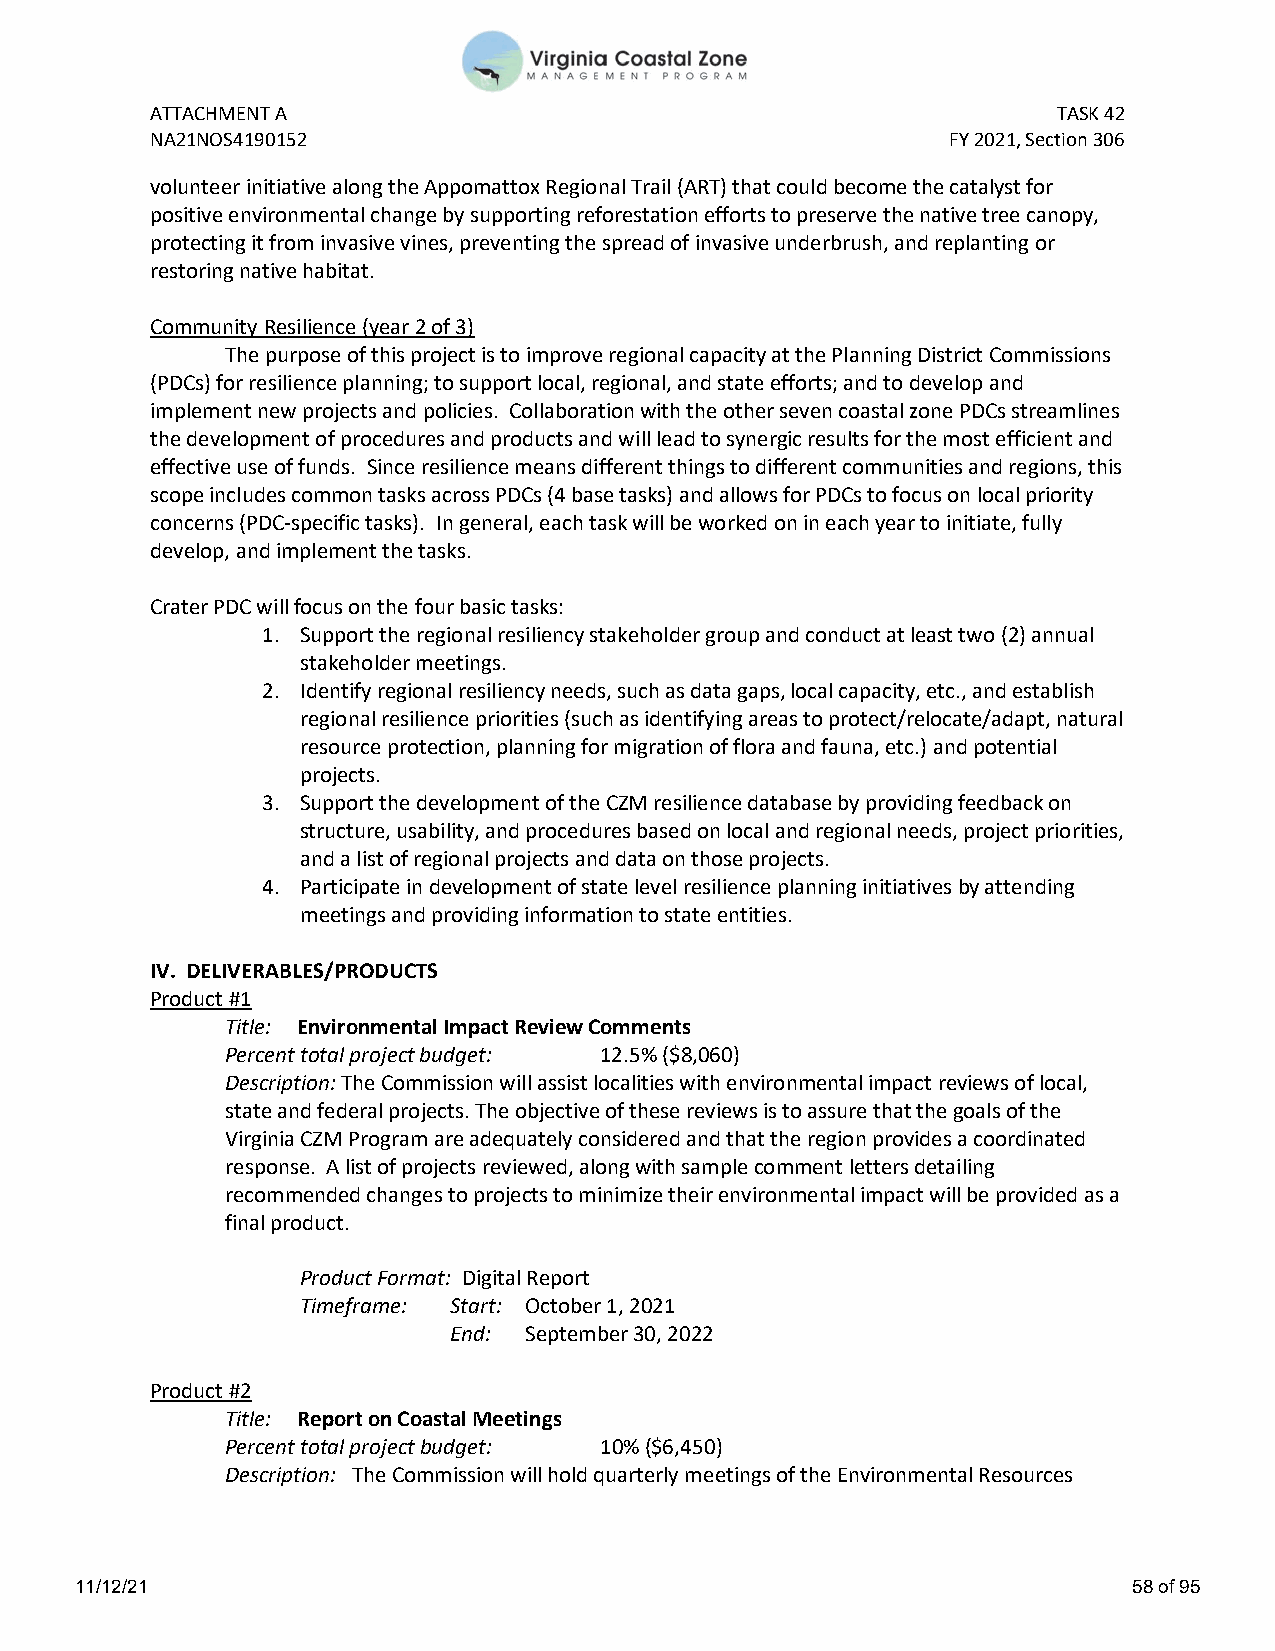
ATTACHMENT A                                                TASK 42
 NA21NOS4190152                                       FY 2021, Section 306
 volunteer initiative along the Appomattox Regional Trail (ART) that could become the catalyst for
 positive environmental change by supporting reforestation efforts to preserve the native tree canopy,
 protecting it from invasive vines, preventing the spread of invasive underbrush, and replanting or
 restoring native habitat.
 Community Resilience (year 2 of 3)
 The purpose of this project is to improve regional capacity at the Planning District Commissions
 (PDCs) for resilience planning; to support local, regional, and state efforts; and to develop and
 implement new projects and policies. Collaboration with the other seven coastal zone PDCs streamlines
 the development of procedures and products and will lead to synergic results for the most efficient and
 effective use of funds. Since resilience means different things to different communities and regions, this
 scope includes common tasks across PDCs (4 base tasks) and allows for PDCs to focus on local priority
 concerns (PDC-specific tasks). In general, each task will be worked on in each year to initiate, fully
 develop, and implement the tasks.
 Crater PDC will focus on the four basic tasks:
 1. Support the regional resiliency stakeholder group and conduct at least two (2) annual
 stakeholder meetings.
 2. Identify regional resiliency needs, such as data gaps, local capacity, etc., and establish
 regional resilience priorities (such as identifying areas to protect/relocate/adapt, natural
 resource protection, planning for migration of flora and fauna, etc.) and potential
 projects.
 3. Support the development of the CZM resilience database by providing feedback on
 structure, usability, and procedures based on local and regional needs, project priorities,
 and a list of regional projects and data on those projects.
 4. Participate in development of state level resilience planning initiatives by attending
 meetings and providing information to state entities.
 IV. DELIVERABLES/PRODUCTS
 Product #1
 Title: Environmental Impact Review Comments
 Percent total project budget: 12.5% ($8,060)
 Description: The Commission will assist localities with environmental impact reviews of local,
 state and federal projects. The objective of these reviews is to assure that the goals of the
 Virginia CZM Program are adequately considered and that the region provides a coordinated
 response. A list of projects reviewed, along with sample comment letters detailing
 recommended changes to projects to minimize their environmental impact will be provided as a
 final product.
 Product Format: Digital Report
 Timeframe: Start: October 1, 2021
 End: September 30, 2022
 Product #2
 Title: Report on Coastal Meetings
 Percent total project budget: 10% ($6,450)
 Description: The Commission will hold quarterly meetings of the Environmental Resources
 11/12/21                                                              58 of 95